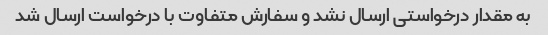
به مقدار درخواستی ارسال نشد و سفارش متفاوت با درخواست ارسال شد